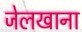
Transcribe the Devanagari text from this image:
जेलखाना